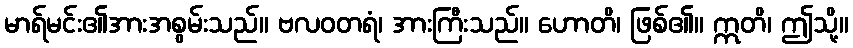
မာရ်မင်း၏အားအစွမ်းသည်။ ဗလဝတရံ၊ အားကြီးသည်။ ဟောတိ၊ ဖြစ်၏။ ဣတိ၊ ဤသို့။